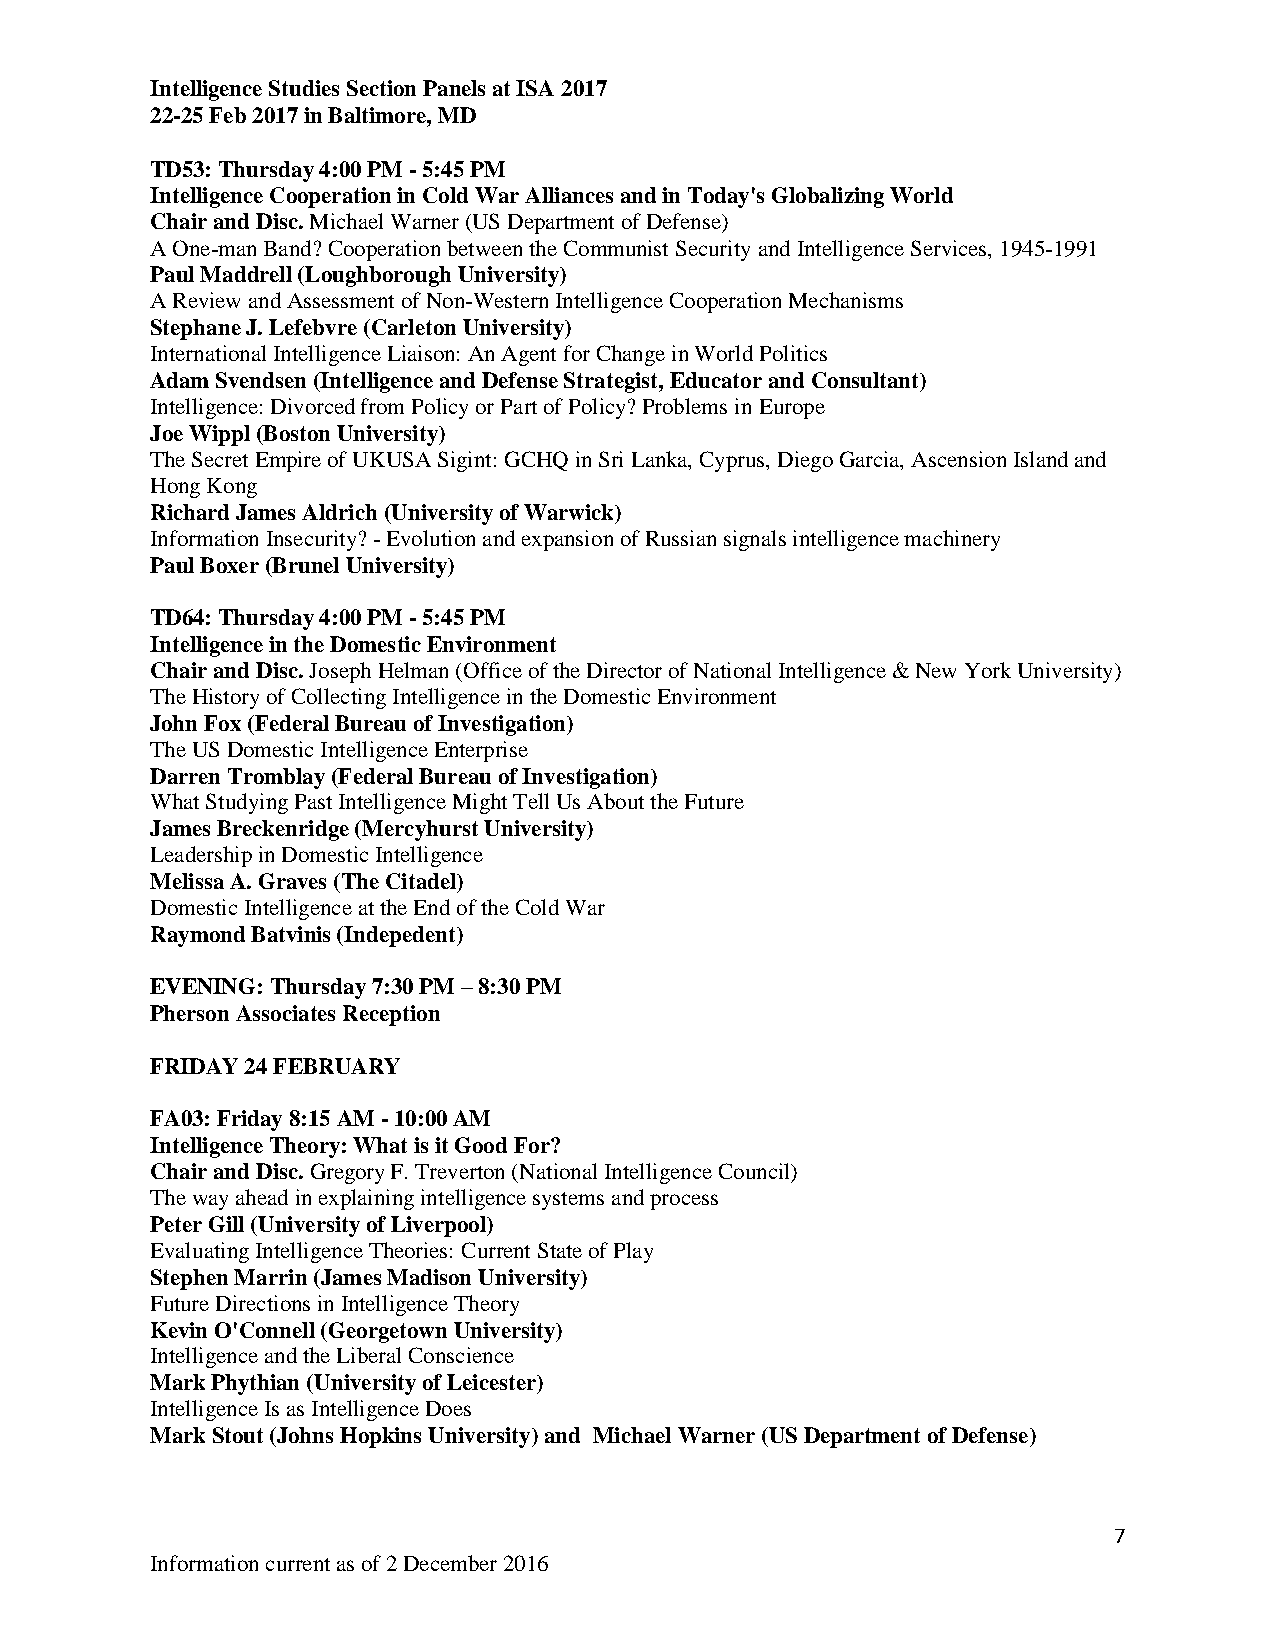
Intelligence Studies Section Panels at ISA 2017
 22-25 Feb 2017 in Baltimore, MD
 TD53: Thursday 4:00 PM - 5:45 PM
 Intelligence Cooperation in Cold War Alliances and in Today's Globalizing World
 Chair and Disc. Michael Warner (US Department of Defense)
 A One-man Band? Cooperation between the Communist Security and Intelligence Services, 1945-1991
 Paul Maddrell (Loughborough University)
 A Review and Assessment of Non-Western Intelligence Cooperation Mechanisms
 Stephane J. Lefebvre (Carleton University)
 International Intelligence Liaison: An Agent for Change in World Politics
 Adam Svendsen (Intelligence and Defense Strategist, Educator and Consultant)
 Intelligence: Divorced from Policy or Part of Policy? Problems in Europe
 Joe Wippl (Boston University)
 The Secret Empire of UKUSA Sigint: GCHQ in Sri Lanka, Cyprus, Diego Garcia, Ascension Island and
 Hong Kong
 Richard James Aldrich (University of Warwick)
 Information Insecurity? - Evolution and expansion of Russian signals intelligence machinery
 Paul Boxer (Brunel University)
 TD64: Thursday 4:00 PM - 5:45 PM
 Intelligence in the Domestic Environment
 Chair and Disc. Joseph Helman (Office of the Director of National Intelligence & New York University)
 The History of Collecting Intelligence in the Domestic Environment
 John Fox (Federal Bureau of Investigation)
 The US Domestic Intelligence Enterprise
 Darren Tromblay (Federal Bureau of Investigation)
 What Studying Past Intelligence Might Tell Us About the Future
 James Breckenridge (Mercyhurst University)
 Leadership in Domestic Intelligence
 Melissa A. Graves (The Citadel)
 Domestic Intelligence at the End of the Cold War
 Raymond Batvinis (Indepedent)
 EVENING: Thursday 7:30 PM – 8:30 PM
 Pherson Associates Reception
 FRIDAY 24 FEBRUARY
 FA03: Friday 8:15 AM - 10:00 AM
 Intelligence Theory: What is it Good For?
 Chair and Disc. Gregory F. Treverton (National Intelligence Council)
 The way ahead in explaining intelligence systems and process
 Peter Gill (University of Liverpool)
 Evaluating Intelligence Theories: Current State of Play
 Stephen Marrin (James Madison University)
 Future Directions in Intelligence Theory
 Kevin O'Connell (Georgetown University)
 Intelligence and the Liberal Conscience
 Mark Phythian (University of Leicester)
 Intelligence Is as Intelligence Does
 Mark Stout (Johns Hopkins University) and Michael Warner (US Department of Defense)
 7
 Information current as of 2 December 2016